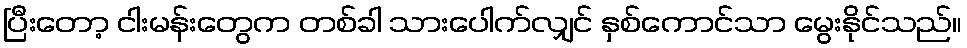
ပြီးတော့ ငါးမန်းတွေက တစ်ခါ သားပေါက်လျှင် နှစ်ကောင်သာ မွေးနိုင်သည်။